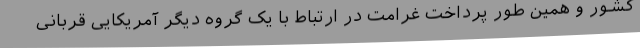
کشور و همین طور پرداخت غرامت در ارتباط با یک گروه دیگر آمریکایی قربانی